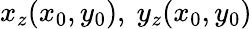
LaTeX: x_{z}(x_{0},y_{0}),~y_{z}(x_{0},y_{0})